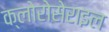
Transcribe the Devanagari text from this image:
क्लोरोसेराइल